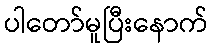
ပါတော်မူပြီးနောက်